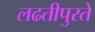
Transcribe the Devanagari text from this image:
लढतीपुरते